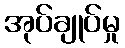
အုပ်ချုပ်မှု